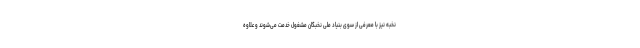
نخبه نیز با معرفی از سوی بنیاد ملی نخبگان مشغول خدمت می‌شوند و علاوه